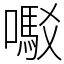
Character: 𫬇